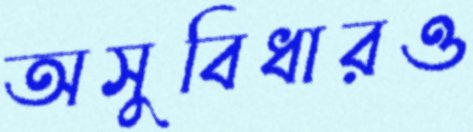
অসুবিধারও